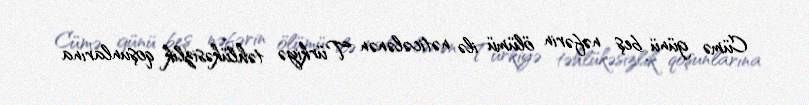
Cümə günü beş nəfərin ölümü ilə nəticələnən Türkiyə təhlükəsizlik qoşunlarına